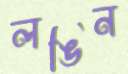
লঙিন